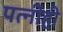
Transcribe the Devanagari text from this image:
पत्‍नीही